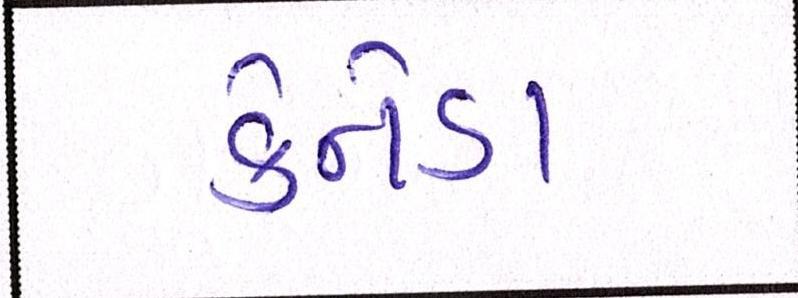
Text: કેનેડા